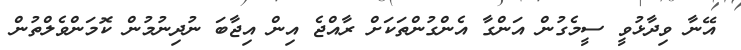
އޭނާ ވިދާޅުވީ ސީމެގުން އަންގާ އެންގުންތަކަށް ރާއްޖެ އިން އިޖާބަ ނުދިނުމުން ކޮމަންވެލްތުން